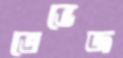
ত্রেভেজ